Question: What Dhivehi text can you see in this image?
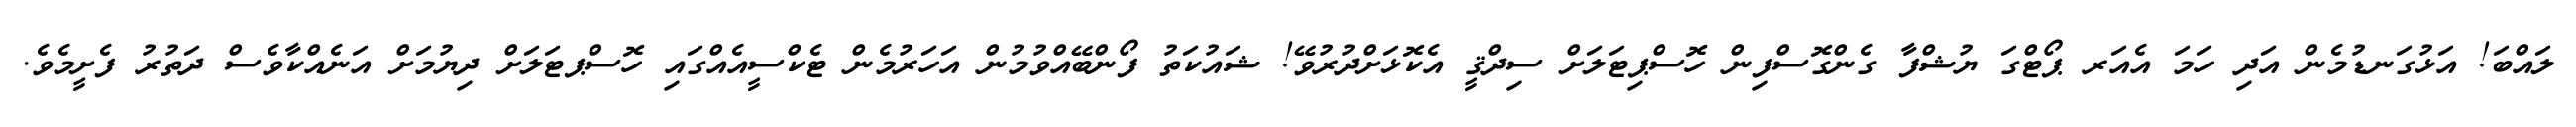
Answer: ލައްބަ! އަޅުގަނޑުމެން އަދި ހަމަ އެއަރ ޕޯޓްގަ ޔުޝްފާ ގެންގޮސްފިން ހޮސްޕިޓަލަށް ސިދްޤީ އެކޮޅަށްދުރުވޭ! ޝައުކަތު ފޯންބޭއްވުމުން އަހަރުމެން ޓެކްސީއެއްގައި ހޮސްޕޓަލަށް ދިޔުމަށް އަނެއްކާވެސް ދަތުރު ފެށީމެވެ.